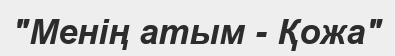
"Менің атым - Қожа"